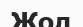
Жол